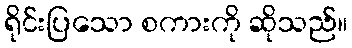
ရိုင်းပြသော စကားကို ဆိုသည်။